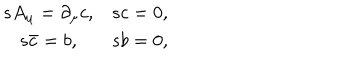
LaTeX: \begin{matrix} { { s A _ { \mu } = \partial _ { \mu } c , } } & { { s c = 0 , } } \\ { { s \bar { c } = b , } } & { { s b = 0 , } } \\ \end{matrix}